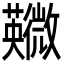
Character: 鿦